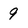
Character: 9